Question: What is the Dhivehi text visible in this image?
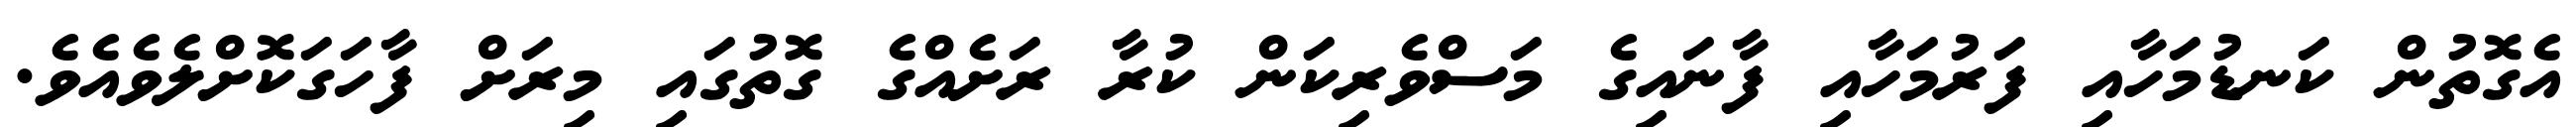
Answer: އެގޮތުން ކަނޑުމަހާއި ފަރުމަހާއި ފާނައިގެ މަސްވެރިކަން ކުރާ ރަށެއްގެ ގޮތުގައި މިރަށް ފާހަގަކޮށްލެވެއެވެ.